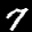
Label: 7